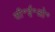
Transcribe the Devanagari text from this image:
सी॰ई॰ओ॰